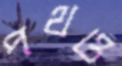
পথও